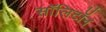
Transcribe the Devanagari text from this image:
सॉलिटॉन